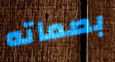
بصماته